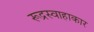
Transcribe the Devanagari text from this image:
रूद्रस्वाहाकार